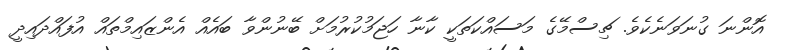
އޮންނަ ގުނަވަނެކެވެ. ޗިސްމޭގެ މަސައްކަތަކީ ކާނާ ހަޖަމުކުރުމަށް ބޭނުންވާ ބައެއް އެންޒައިމްތައް އުފައްދައިދީ